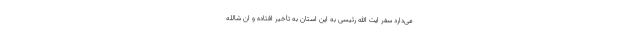
می‌دارد سفر ایت الله رئیسی به این استان به تأخیر افتاده و ان شالله